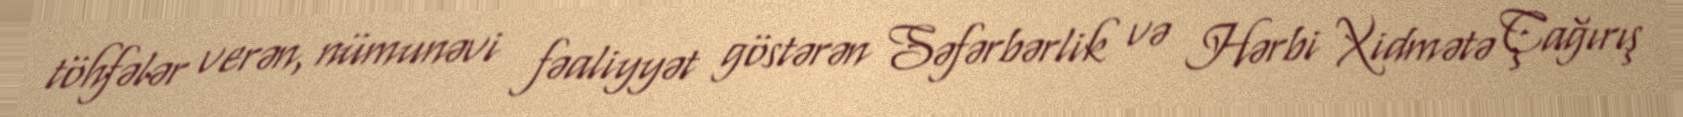
töhfələr verən, nümunəvi fəaliyyət göstərən Səfərbərlik və Hərbi Xidmətə Çağırış